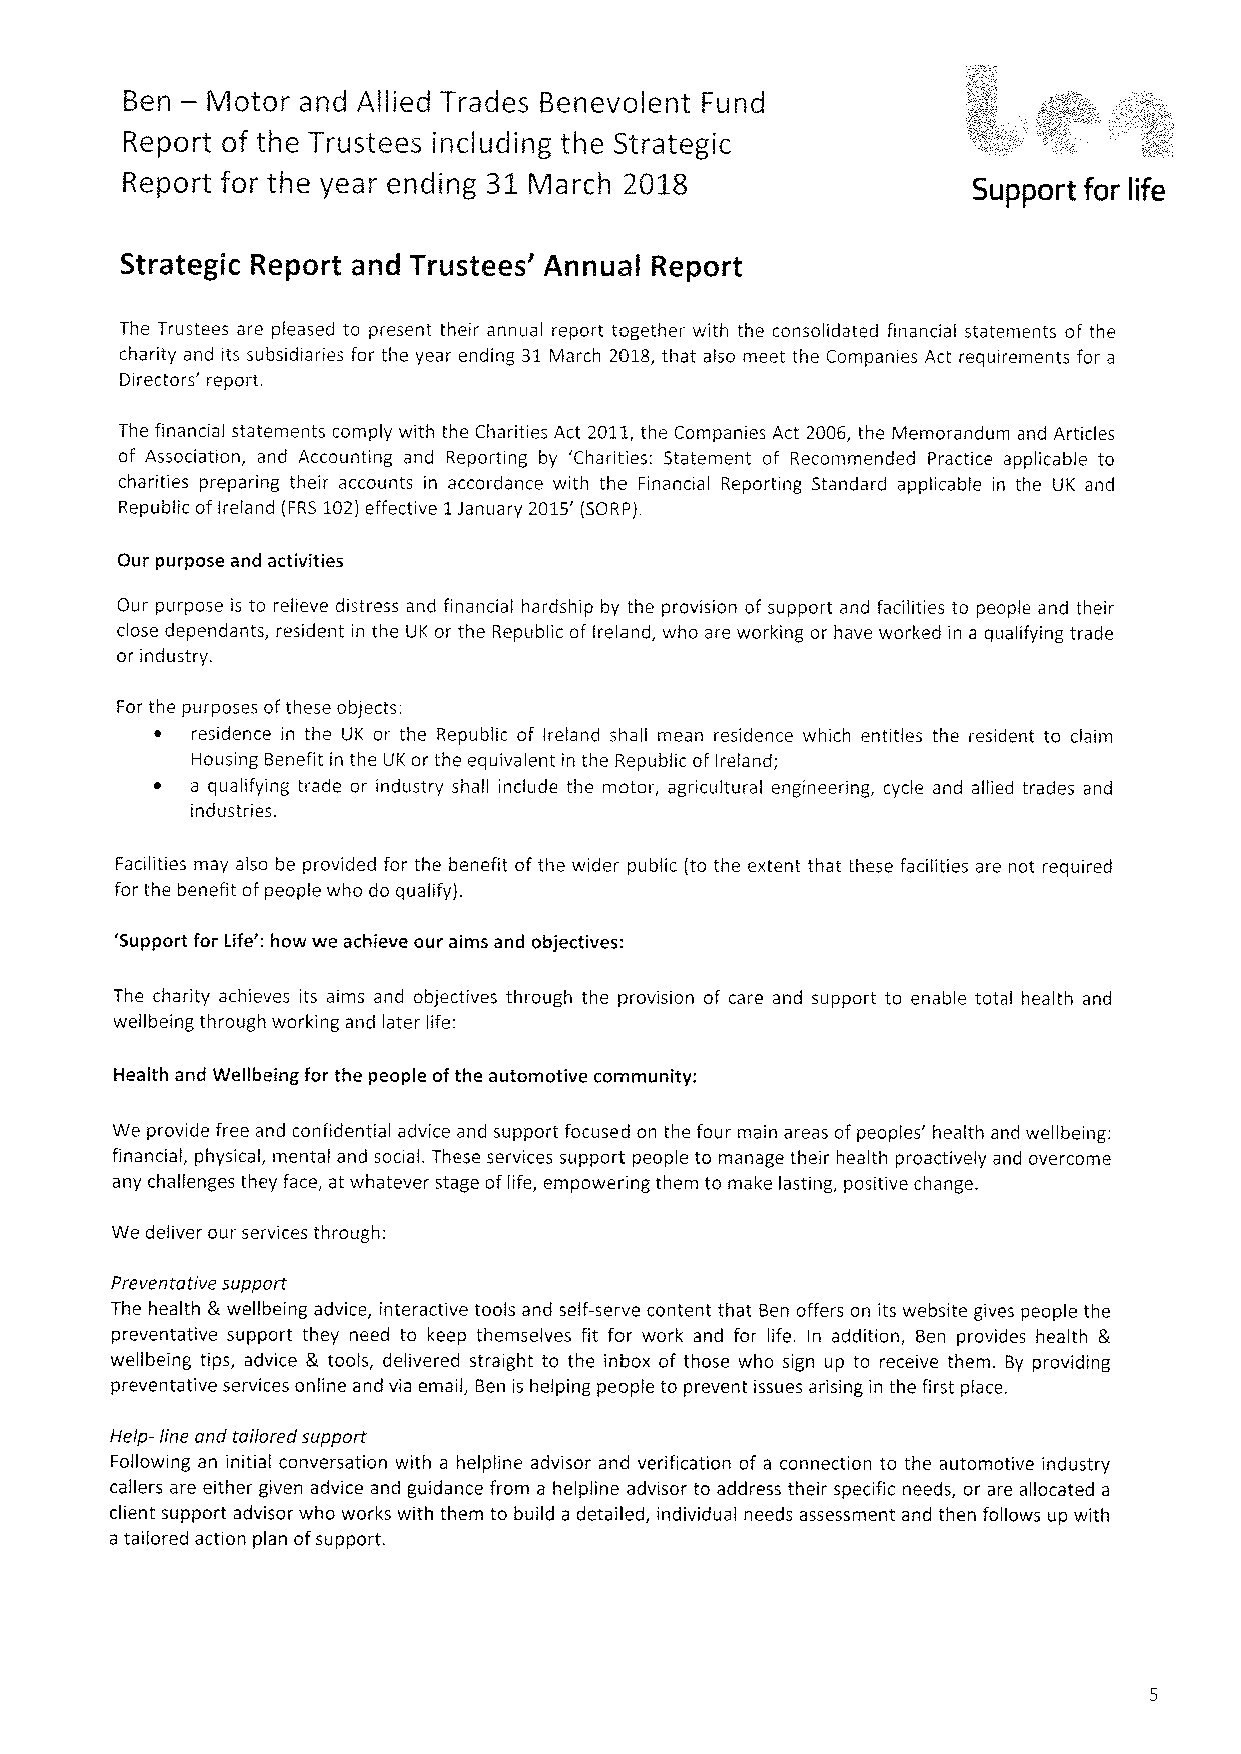
—
 Ben   Motor and Allied Trades Benevolent Fund
 Report of the Trustees including the Strategic
 Report for the year ending 31 March 2018                Support for life
 Strategic Report and Trustees' Annual Report
 The Trustees are pleased to present their annual report together with the consolidated financial statements of the
 charity and its subsidiaries for the year ending 31March 2018,that also meet the Companies Act requirements for a
 Directors' report.
 The financial statements comply with the Charities Act 2011,the Companies Act 2006, the Memorandum and Articles
 of Association, and Accounting and Reporting by 'Charities: Statement of Recommended Practice applicable to
 charities preparing their accounts in accordance with the Financial Reporting Standard applicable in the UK and
 Republic ofIreland (FRS 102)effective 1January 2015' (SORP).
 Our purpose and activities
 Our purpose is to relieve distress and financial hardship by the provision of support and facilities to people and their
 close dependants, resident in the UK or the Republic of ireland, who are working or have worked in a qualifying trade
 or industry.
 For the purposes ofthese objects:
 ~  residence in the UK or the Republic of Ireland shall mean residence which entitles the resident to claim
 Housing Benefit in the UK or the equivalent in the Republic ofIreland;
 a qualifying trade or industry shall include the motor, agricultural engineering, cycle and allied trades and
 industries.
 Facilities may also be provided for the benefit of the wider public (to the extent that these facilities are not required
 for the benefit ofpeople who do qualify).
 'Support for Life': how we achieve our aims and objectives:
 The charity achieves its aims and objectives through the provision of care and support to enable total health and
 wellbeing through working and later life;
 Health and Wellbeing for the people ofthe automotive community:
 We provide free and confidential advice and support focused on the four main areas ofpeoples' health and wellbeing:
 financial, physical, mental and social. These services support people to manage their health proactively and overcome
 any challenges they face, at whatever stage oflife, empowering them to make lasting, positive change.
 We deliver our services through:
 Preventative support
 The health S.wellbeing advice, interactive tools and self-serve content that Ben offers on its website gives people the
 preventative support they need to keep themselves fit for work and for life. In addition, Ben provides health R.
 wellbeing tips, advice 5 tools, delivered straight to the inbox of those who sign up to receive them. By providing
 preventative services online and via email, Ben is helping people to prevent issues arising in the first place.
 Help- line and tailored support
 Following an initial conversation with a helpline advisor and verification of a connection to the automotive industry
 callers are either given advice and guidance from a helpline advisor to address their specific needs, or are allocated a
 client support advisor who works with them to build a detailed, individual needs assessment and then follows up with
 a tailored action plan ofsupport.